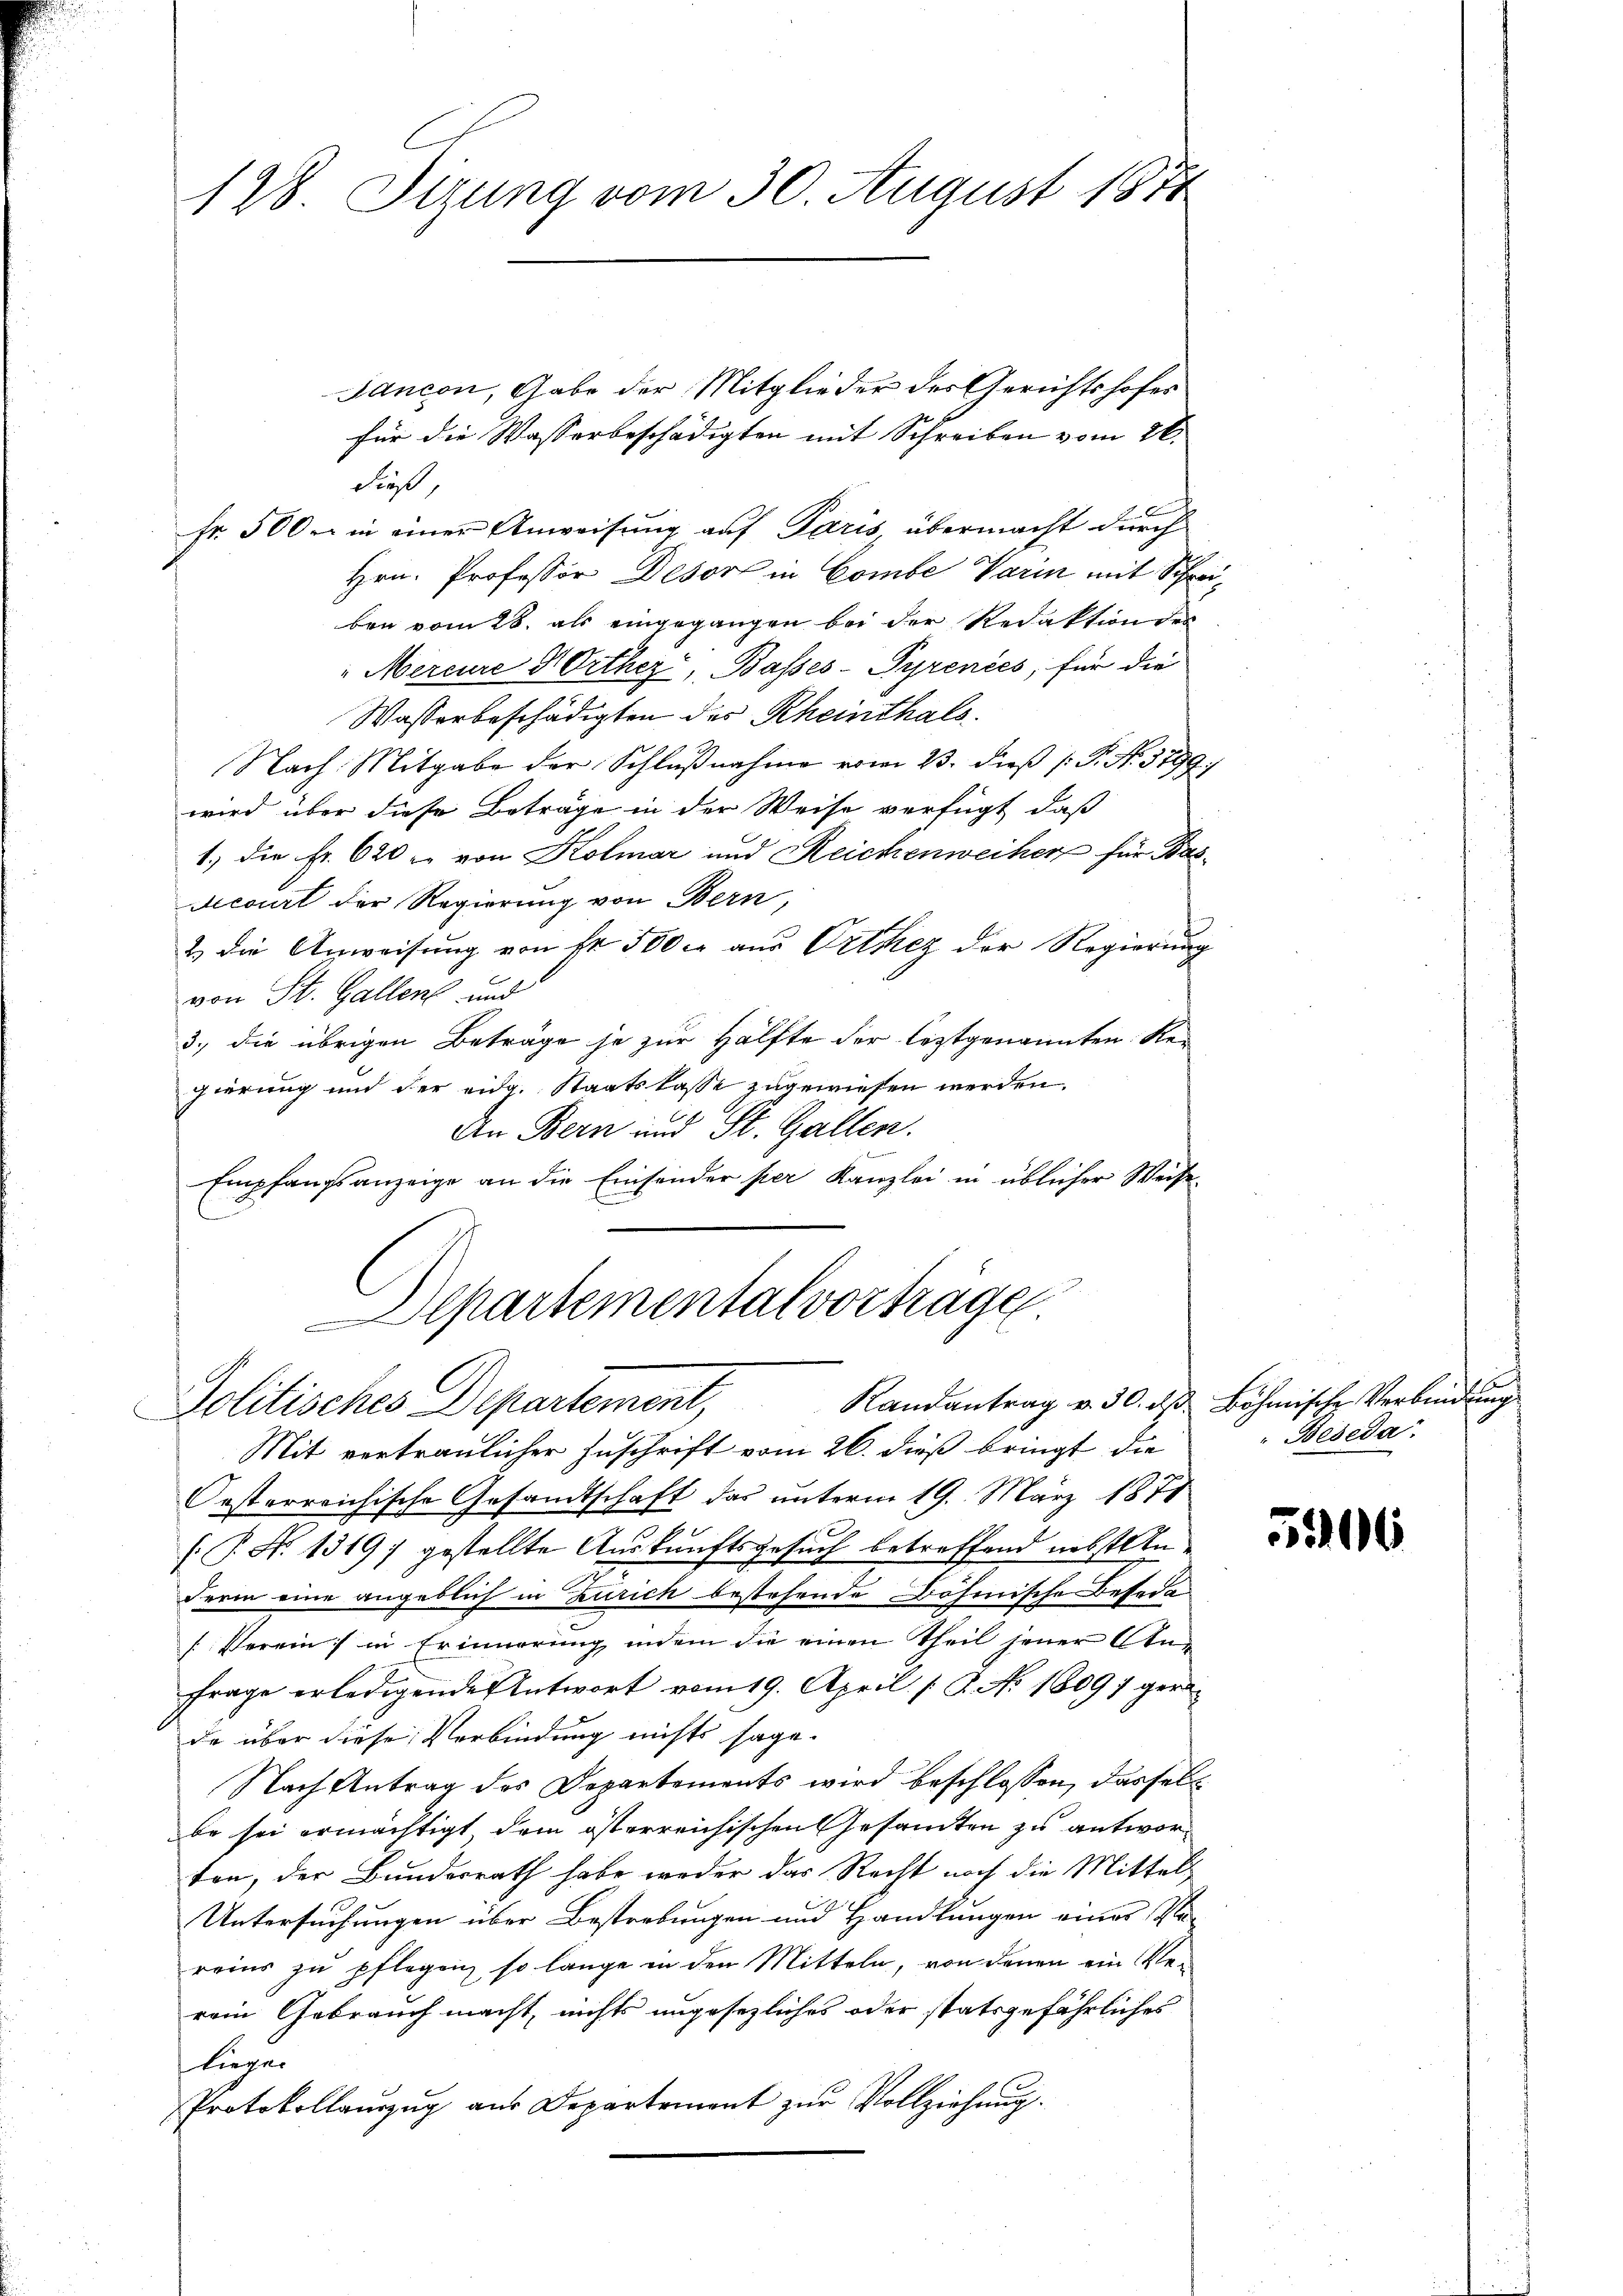
128. Sizung vom 30. August 1871

Jancon, Gabe der Mitglieder des Gerichtshofes
für die Wasserbeschädigten mit Schreiben vom 26.
dieß
Fr. 500 in einer Anweisung auf Paris, übermacht durch
Hrn. Professor Desort in Combe Varin mit Schr
ben vom 28. als eingegangen bei der Redaktion des
"Mercure Orthez, Basses-Pyrenies, für die
Wasserbeschädigten des Rheinthals
Nach Mitgabe der Schlŭβnahme vom 23. dieβ (: P. N. 3799;
wird über diese Beträge in der Weise verfügt, daß
1.) die Fr. 620 u. von Kolmar und Reichenweiher für Bas¬
Secourt der Regierung von Bern,
2 die Anweisŭng von fr 500 er aus Orthez der Regierŭng
von St. Gallen und
3., die übrigen Beträge je zur Hälfte der leztgenannten Ken
gierung und der eidg. Staatslasse zugewiesen werden.
An Bern und St. Gallen.
 Lesen werden
Empfangsanzeige an die Einsender per Kanzlei in üblicher Weise
Departemental vortragen.
Politisches Departement, Randantrag v. 30. ds Böhmische Verbindung
Mit vertraulicher Zuschrift vom 26. dieß bringt die
Orsterreichische Gesandtschaft das unterm 19. März 1871
[: P. N. 1319 gestellte Auskunftsgesuch betreffend nebst An
Ferm eine angeblich in Zürich bestehende Böhmische Besade
[Verein; in Erinnerung indem die einen Theil jener An¬
Frage erledigende Antwort vom 19. April [G. No 1809 7 gerade über diese Verbindung nichts sage.
Nach Antrag des Departements wird beschlossen, dasselbe sei ermächtigt dem österreichischen Gesandten zu antworten, der Bundesrath habe weder das Recht noch die Mittels
Untersuchungen über Bestrebungen und Handlungen eines Na-
reins zu pflegen, so lange in den Mitteln, von denen ein Ver-
rein Gebrauch macht, nichts ungesezliches oder statsgefährliches
liegen
Protokollaŭszŭg aŭs Departement zŭr Vollziehung.

Beseda.

51106